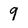
Character: 9